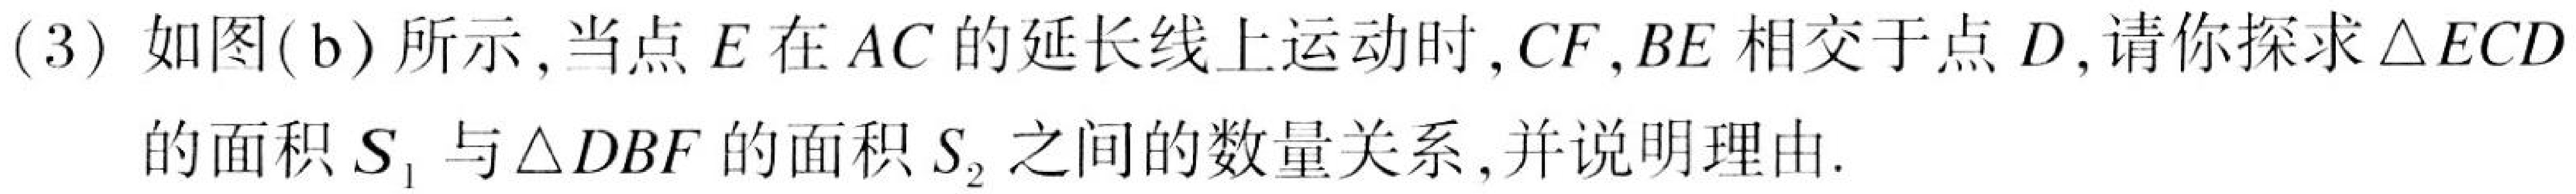
(3) 如图(b)所示,当点$E$在$AC$的延长线上运动时,$CF,BE$相交于点$D$,请你探求$\triangle ECD$的面积$S_{1}$与$\triangle DBF$的面积$S_{2}$之间的数量关系,并说明理由.